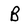
Character: B